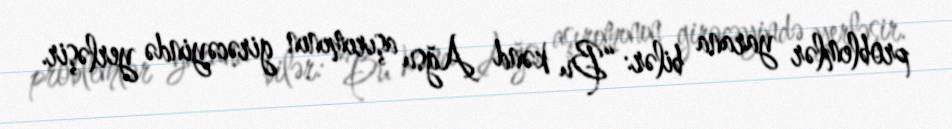
problemlər yarana bilər: “Bu kənd Ağsu aşırımının girəcəyində yerləşir.